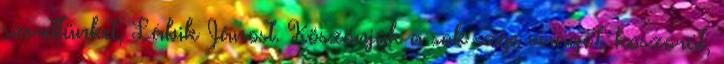
szerettünket, Lábik Jánost. Köszönjük a sok szép virágot, koszorút,